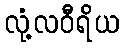
လုံ့လဝီရိယ